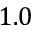
1 . 0